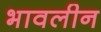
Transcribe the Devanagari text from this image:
भावलीन